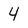
Character: 4